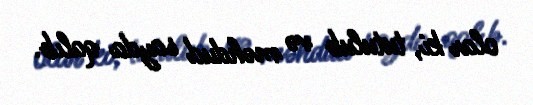
olar ki, tutulub və məhdud sayda qalıb.